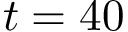
t = 4 0